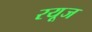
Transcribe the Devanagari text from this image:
रयूज